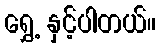
ရွှေ့ နှင့်ပါတယ်။